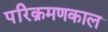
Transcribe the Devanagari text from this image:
परिक्रमणकाल